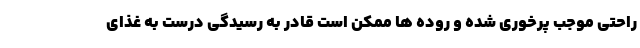
راحتی موجب پرخوری شده و روده ها ممکن است قادر به رسیدگی درست به غذای